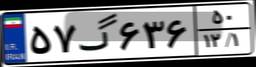
۵۷گ۶۳۶۵۰